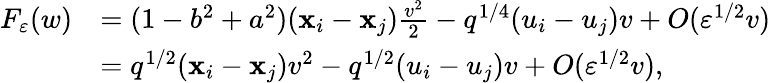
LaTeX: \begin{array}{rl}{F_{\varepsilon}(w)}&{=(1-b^{2}+a^{2})(\mathbf{x}_{i}-\mathbf{x}_{j})\frac{v^{2}}{2}-q^{1/4}(u_{i}-u_{j})v+O(\varepsilon^{1/2}v)}\\ &{=q^{1/2}(\mathbf{x}_{i}-\mathbf{x}_{j})v^{2}-q^{1/2}(u_{i}-u_{j})v+O(\varepsilon^{1/2}v),}\end{array}